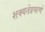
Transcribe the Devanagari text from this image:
शक्यतेप्रमाणे